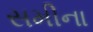
સમીના